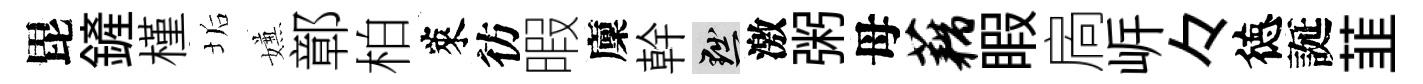
毘鏟槿垢嫌鄣柏萊彷暇廩幹黜激粥母藕睱扄㟁々徳誕韮